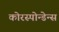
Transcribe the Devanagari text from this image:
कोरस्पोन्डेन्स